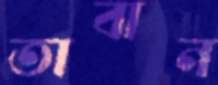
তাবান